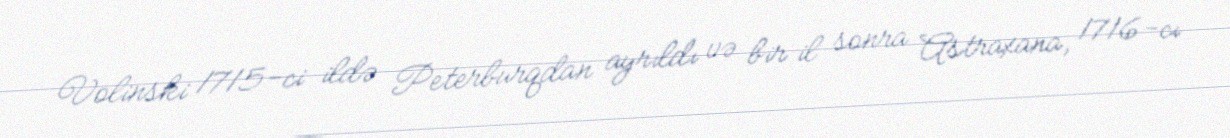
Volinski 1715-ci ildə Peterburqdan ayrıldı və bir il sonra Astraxana, 1716-cı